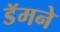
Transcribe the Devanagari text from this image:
डॅमने